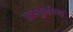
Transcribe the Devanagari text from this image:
उत्स्फूर्तपण